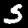
Label: 5